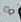
به